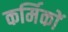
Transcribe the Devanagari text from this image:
कर्मिकाें